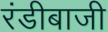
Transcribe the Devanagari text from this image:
रंडीबाजी